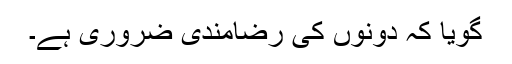
گویا کہ دونوں کی رضامندی ضروری ہے۔